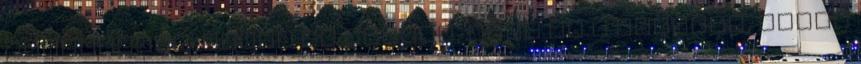
tisztelete. Annál is inkább, mert ez a kultusz, amint